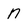
Character: n